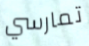
تمارسي